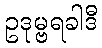
ဥဒုမ္ဗရခါဒီ